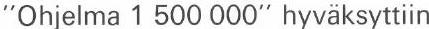
"Ohjelma 1 500 000" hyväksyttiin